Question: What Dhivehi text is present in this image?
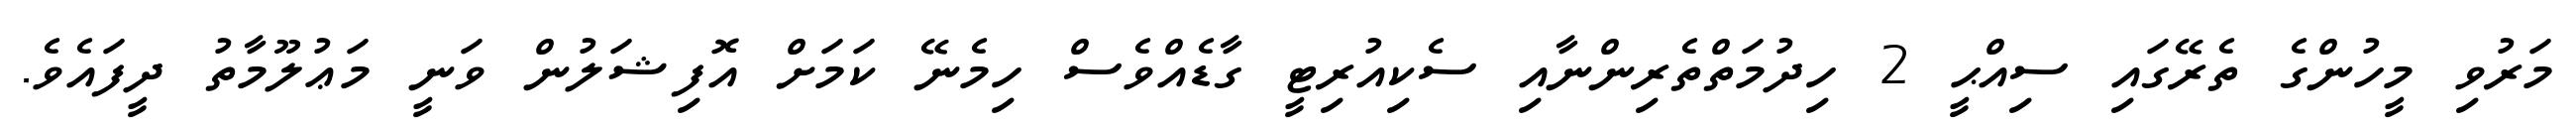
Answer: މަރުވި މީހުންގެ ތެރޭގައި ސިއްޙީ 2 ހިދުމަތްތެރިންނާއި ސެކިއުރިޓީ ގާޑެއްވެސް ހިމެނޭ ކަމަށް އޮފިޝަލުން ވަނީ މަޢުލޫމާތު ދީފައެވެ.